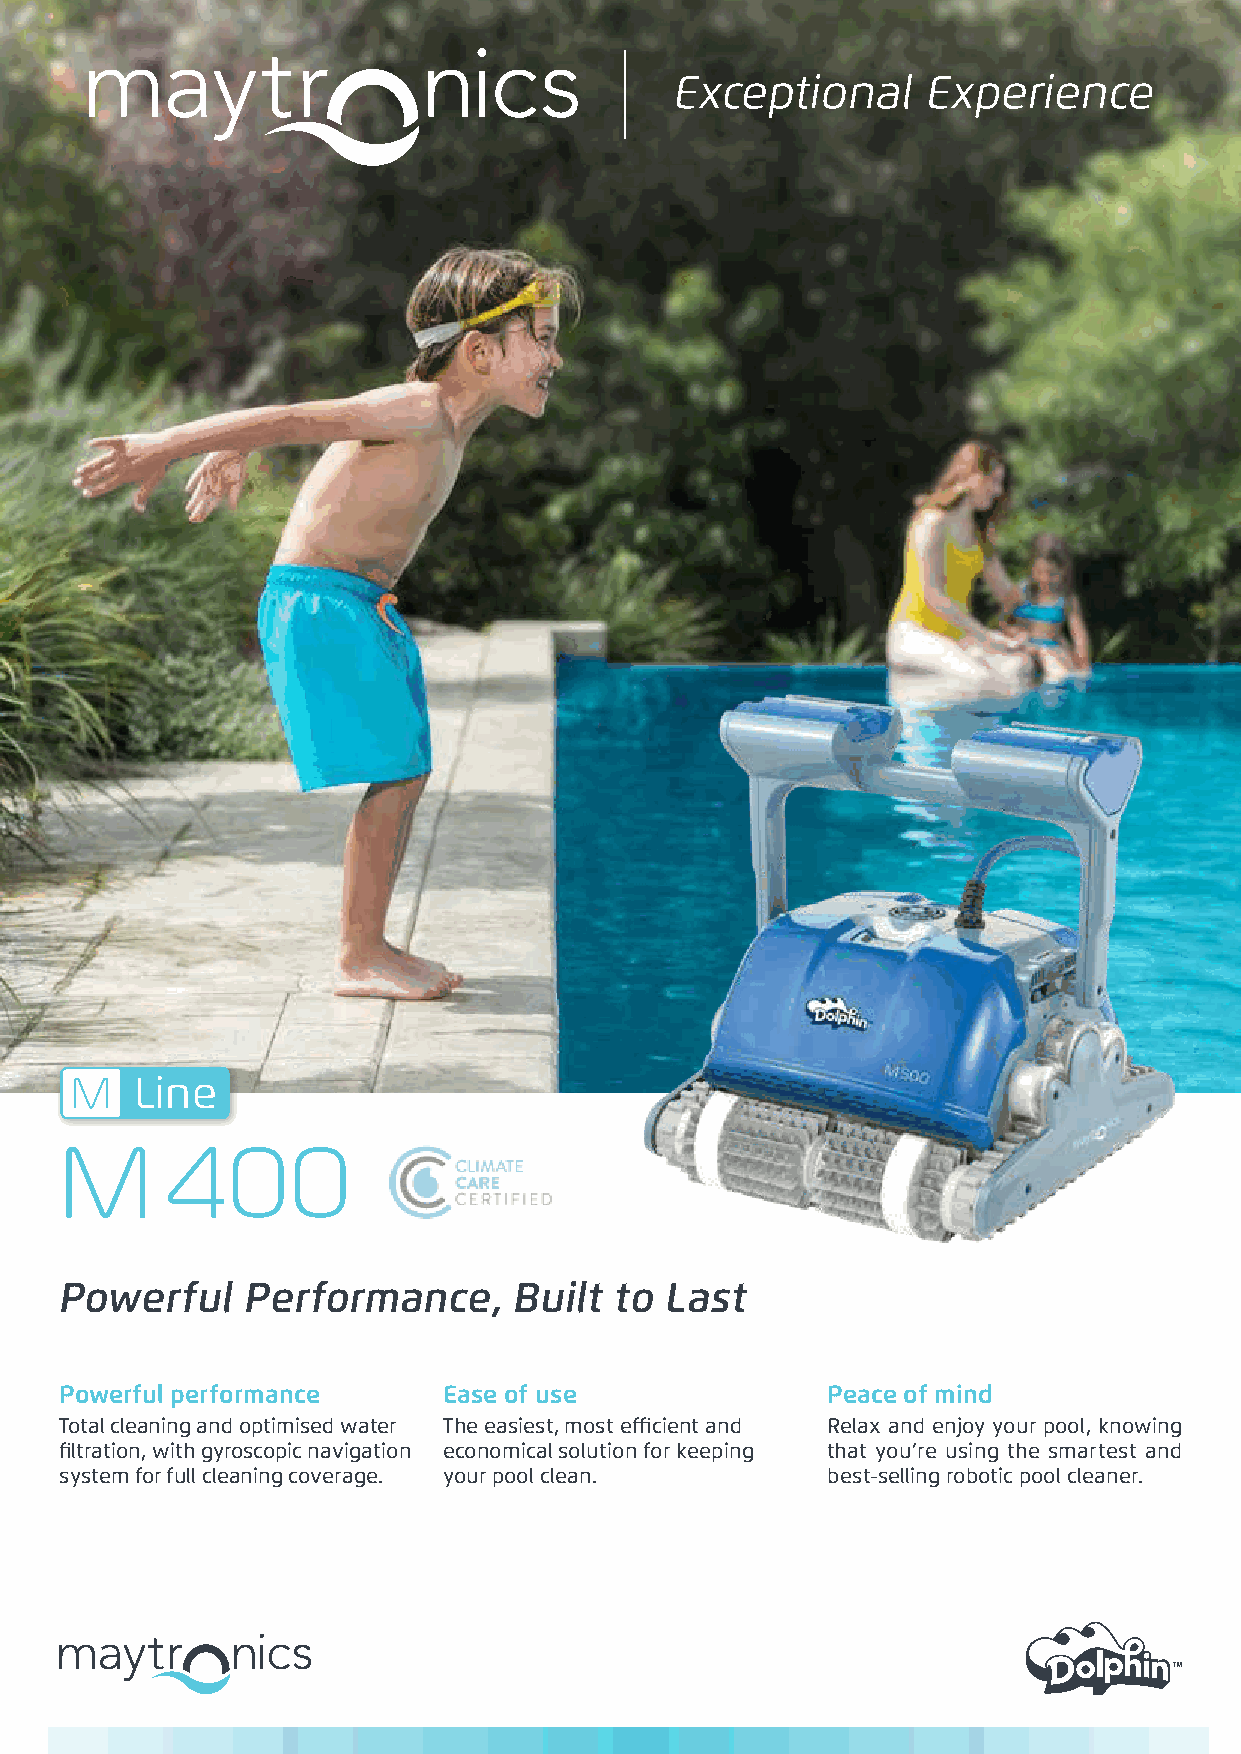
M   Line
 M      400
 Powerful    Performance,      Built  to Last
 Powerful performance     Ease of use               Peace of mind
 Total cleaning and optimised water The easiest, most efficient and Relax and enjoy your pool, knowing
 filtration, with gyroscopic navigation economical solution for keeping that you’re using the smartest and
 system for full cleaning coverage. your pool clean. best-selling robotic pool cleaner.